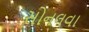
સોનલવા